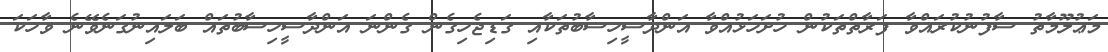
މަޢުލޫމާތު ސާފުނުކުރައްވާ ފަރާތްތަކުން ހުށަހަޅުއްވާ އަންދާސީހިސާބުތަކާއި ގަޑިޖެހިގެން ގެންނަ އަންދާސީހިސާބުތައް ބަލައިނުގަނެވޭނެ ވާހަކަ